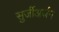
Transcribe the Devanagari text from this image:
सुर्जीअर्जन